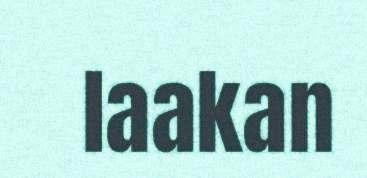
laakan